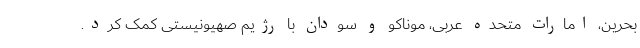
بحرین، امارات متحده عربی، موناکو و سودان با رژیم صهیونیستی کمک کرد.